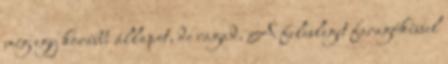
még egy korábbi állapot, de ragad. A felesleget faragókéssel